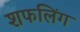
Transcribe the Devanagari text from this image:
शफलिंग